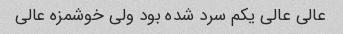
عالی عالی یکم سرد شده بود ولی خوشمزه عالی